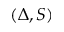
( \Delta , S )